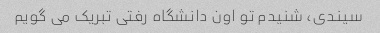
سیندی، شنیدم تو اون دانشگاه رفتی تبریک می گویم